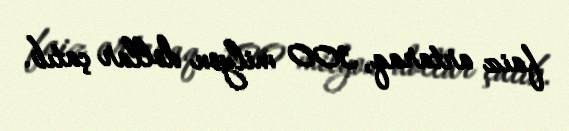
faiz artaraq, 300 milyon dollar çatıb.